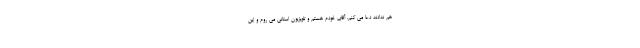
هم ندادند دعا می کنم. آقای خودم هستم و تلویزیون استانی می روم و این